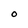
Character: O